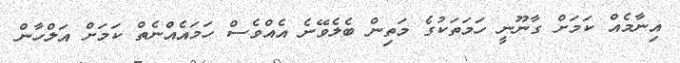
އިނާމެއް ކަަމަށް ގާނޫނީ ހަމަތަކުގެ މަތިން ބެލެވޭނެ އެއްވެސް ހަމައެއްނެތް ކަމަށް އަލްހާން